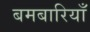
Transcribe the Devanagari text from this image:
बमबारियाँ